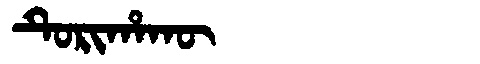
Manchu: ᡨᡠᡵᡳᡥᠠᡴᡡ
Romanization: TURIHAKŪ